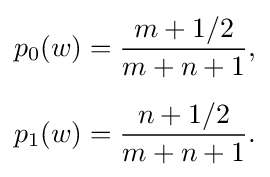
{\begin{aligned}p_{0}(w)&={\frac {m+1/2}{m+n+1}},\\[5pt]p_{1}(w)&={\frac {n+1/2}{m+n+1}}.\end{aligned}}